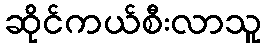
ဆိုင်ကယ်စီးလာသူ